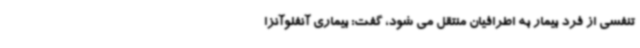
تنفسی از فرد بیمار به اطرافیان منتقل می شود، گفت: بیماری آنفلوآنزا